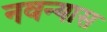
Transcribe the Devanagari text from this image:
नवन्यास